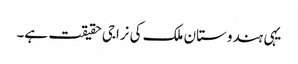
یہی ہندوستان ملک کی نراجی حقیقت ہے۔